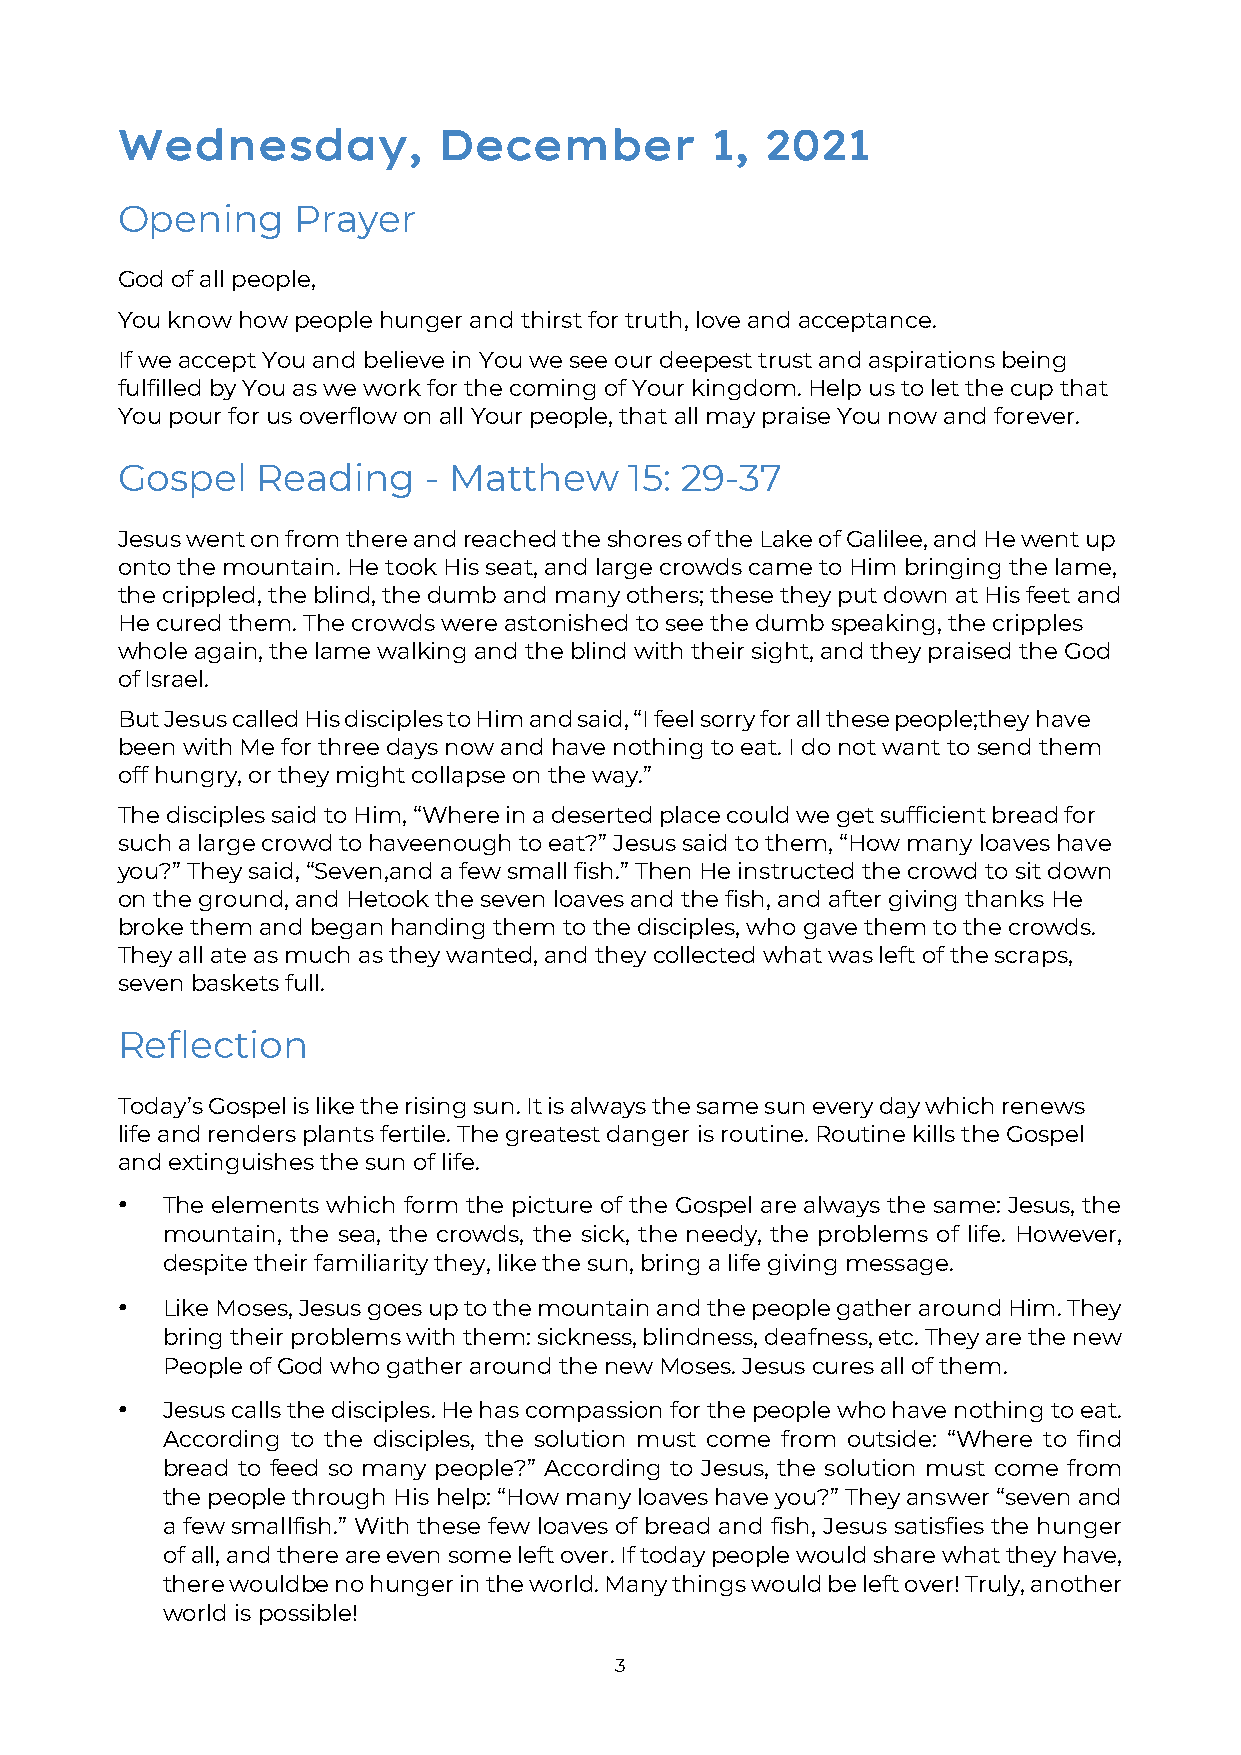
Wednesday,           December          1,  2021
 Opening    Prayer
 God of all people,
 You know how people hunger and thirst for truth, love and acceptance.
 If we accept You and believe in You we see our deepest trust and aspirations being
 fulfilled by You as we work for the coming of Your kingdom. Help us to let the cup that
 You pour for us overflow on all Your people, that all may praise You now and forever.
 Gospel   Reading    - Matthew     15: 29-37
 Jesus went on from there and reached the shores of the Lake of Galilee, and He went up
 onto the mountain. He took His seat, and large crowds came to Him bringing the lame,
 the crippled, the blind, the dumb and many others; these they put down at His feet and
 He cured them. The crowds were astonished to see the dumb speaking, the cripples
 whole again, the lame walking and the blind with their sight, and they praised the God
 of Israel.
 But Jesus called His disciples to Him and said, “I feel sorry for all these people; they have
 been with Me for three days now and have nothing to eat. I do not want to send them
 off hungry, or they might collapse on the way.”
 The disciples said to Him, “Where in a deserted place could we get sufficient bread for
 such a large crowd to have enough to eat?” Jesus said to them, “How many loaves have
 you?” They said, “Seven, and a few small fish.” Then He instructed the crowd to sit down
 on the ground, and He took the seven loaves and the fish, and after giving thanks He
 broke them and began handing them to the disciples, who gave them to the crowds.
 They all ate as much as they wanted, and they collected what was left of the scraps,
 seven baskets full.
 Reflection
 Today’s Gospel is like the rising sun. It is always the same sun every day which renews
 life and renders plants fertile. The greatest danger is routine. Routine kills the Gospel
 and extinguishes the sun of life.
 •  The elements which form the picture of the Gospel are always the same: Jesus, the
 mountain, the sea, the crowds, the sick, the needy, the problems of life. However,
 despite their familiarity they, like the sun, bring a life giving message.
 •  Like Moses, Jesus goes up to the mountain and the people gather around Him. They
 bring their problems with them: sickness, blindness, deafness, etc. They are the new
 People of God who gather around the new Moses. Jesus cures all of them.
 •  Jesus calls the disciples. He has compassion for the people who have nothing to eat.
 According to the disciples, the solution must come from outside: “Where to find
 bread to feed so many people?” According to Jesus, the solution must come from
 the people through His help: “How many loaves have you?” They answer “seven and
 a few small fish.” With these few loaves of bread and fish, Jesus satisfies the hunger
 of all, and there are even some left over. If today people would share what they have,
 there would be no hunger in the world. Many things would be left over! Truly, another
 world is possible!
 3